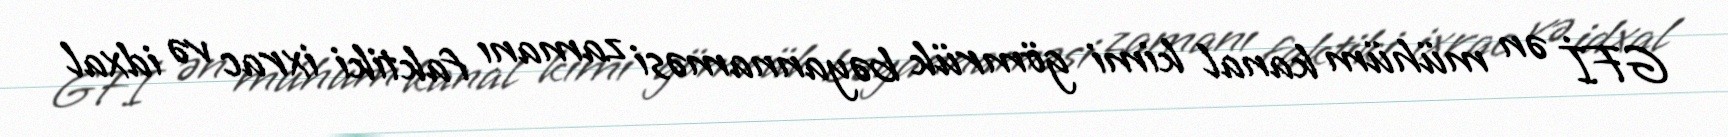
GFİ ən mühüm kanal kimi gömrük bəyannaməsi zamanı faktiki ixrac və idxal